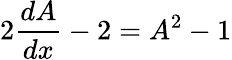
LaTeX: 2{\frac{dA}{dx}}-2=A^{2}-1